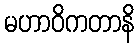
မဟာဝိကတာနိ